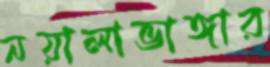
নয়ালাভাঙ্গার